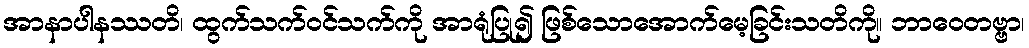
အာနာပါနဿတိ၊ ထွက်သက်ဝင်သက်ကို အာရုံပြု၍ ဖြစ်သောအောက်မေ့ခြင်းသတိကို။ ဘာဝေတဗ္ဗာ၊